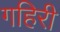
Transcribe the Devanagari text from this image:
गहिरी